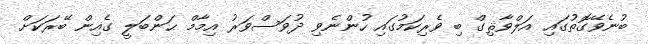
ބުނެވޭގޮތުގައި އަލްވާޘިގް ބި ވެރިކަމުގައި ހުންނެވި ދުވަސްވަރު އިމާމް ޙަންބަލީ ގެއިން ބޭރަކަށް